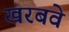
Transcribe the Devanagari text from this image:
खरबवे